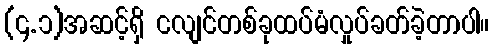
(၄.၁)အဆင့်ရှိ ငလျင်တစ်ခုထပ်မံလှုပ်ခတ်ခဲ့တာပါ။